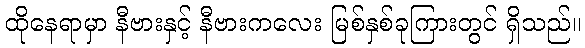
ထိုနေရာမှာ နီဗားနှင့် နီဗားကလေး မြစ်နှစ်ခုကြားတွင် ရှိသည်။